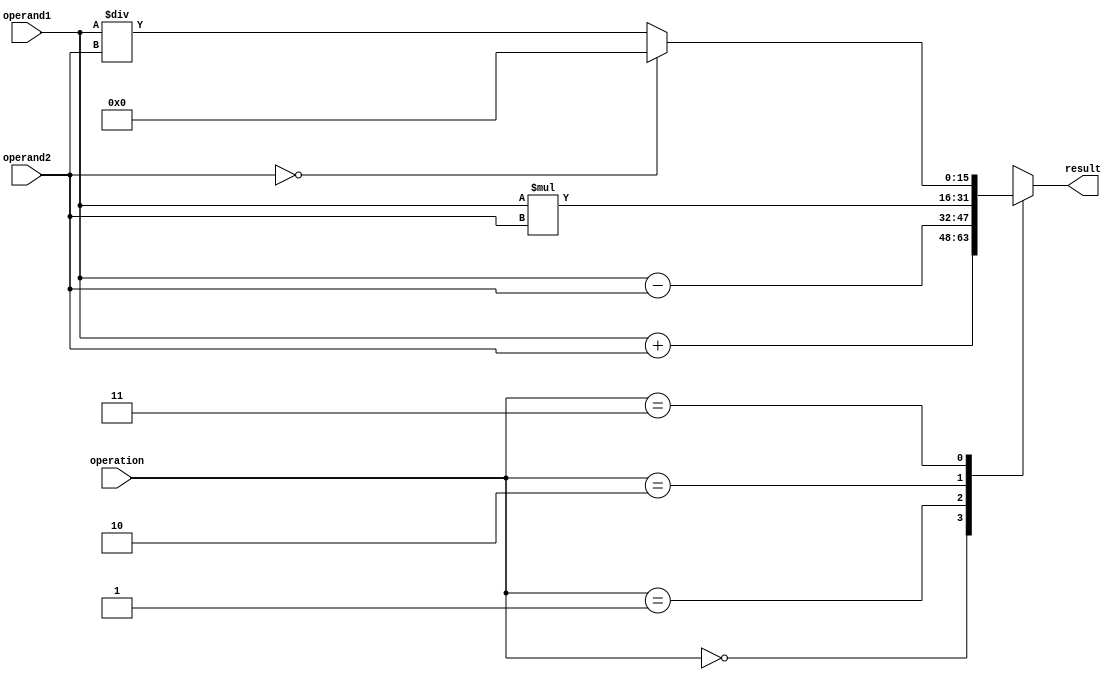
module FixedPointFloatingPointUnit(
    input wire [15:0] operand1,
    input wire [15:0] operand2,
    input wire [1:0] operation, // 00: addition, 01: subtraction, 10: multiplication, 11: division
    output reg [15:0] result
);

always @(*) begin
    case(operation)
        2'b00: result = operand1 + operand2; // addition
        2'b01: result = operand1 - operand2; // subtraction
        2'b10: result = operand1 * operand2; // multiplication
        2'b11: begin
            // division operation
            if(operand2 == 0)
                result = 16'b0;
            else
                result = operand1 / operand2;
        end
    endcase
end

endmodule